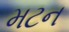
મટન